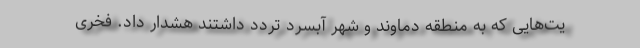
یت‌هایی که به منطقه دماوند و شهر آبسرد تردد داشتند هشدار داد. فخری